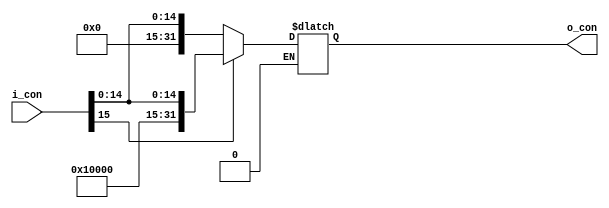
module concatenador 
(
input [15:0]i_con,
output reg[31:0]o_con
); 
reg [31:0]con;//lo que se le va agregaar 0000000 o 100000
reg [15:0]qui;//para poderle quitar el signo 
always @(*)
begin 
	if(i_con[15]==0)
	begin
		con=16'd0;
		o_con={con,i_con};
	end
	if(i_con[15]==1)
	begin
		qui=i_con;
		qui[15]=0;//para quitarle el signo
		con=16'd1000000000000000;
		o_con={con,qui};
	end
end 
endmodule